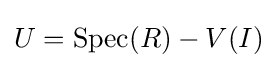
U=\operatorname {Spec} (R)-V(I)